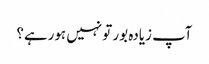
آپ زیادہ بور تو نہیں ہورہے؟